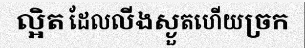
ល្អិត ដែលលីងស្ងួតហើយច្រក